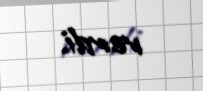
verdi.